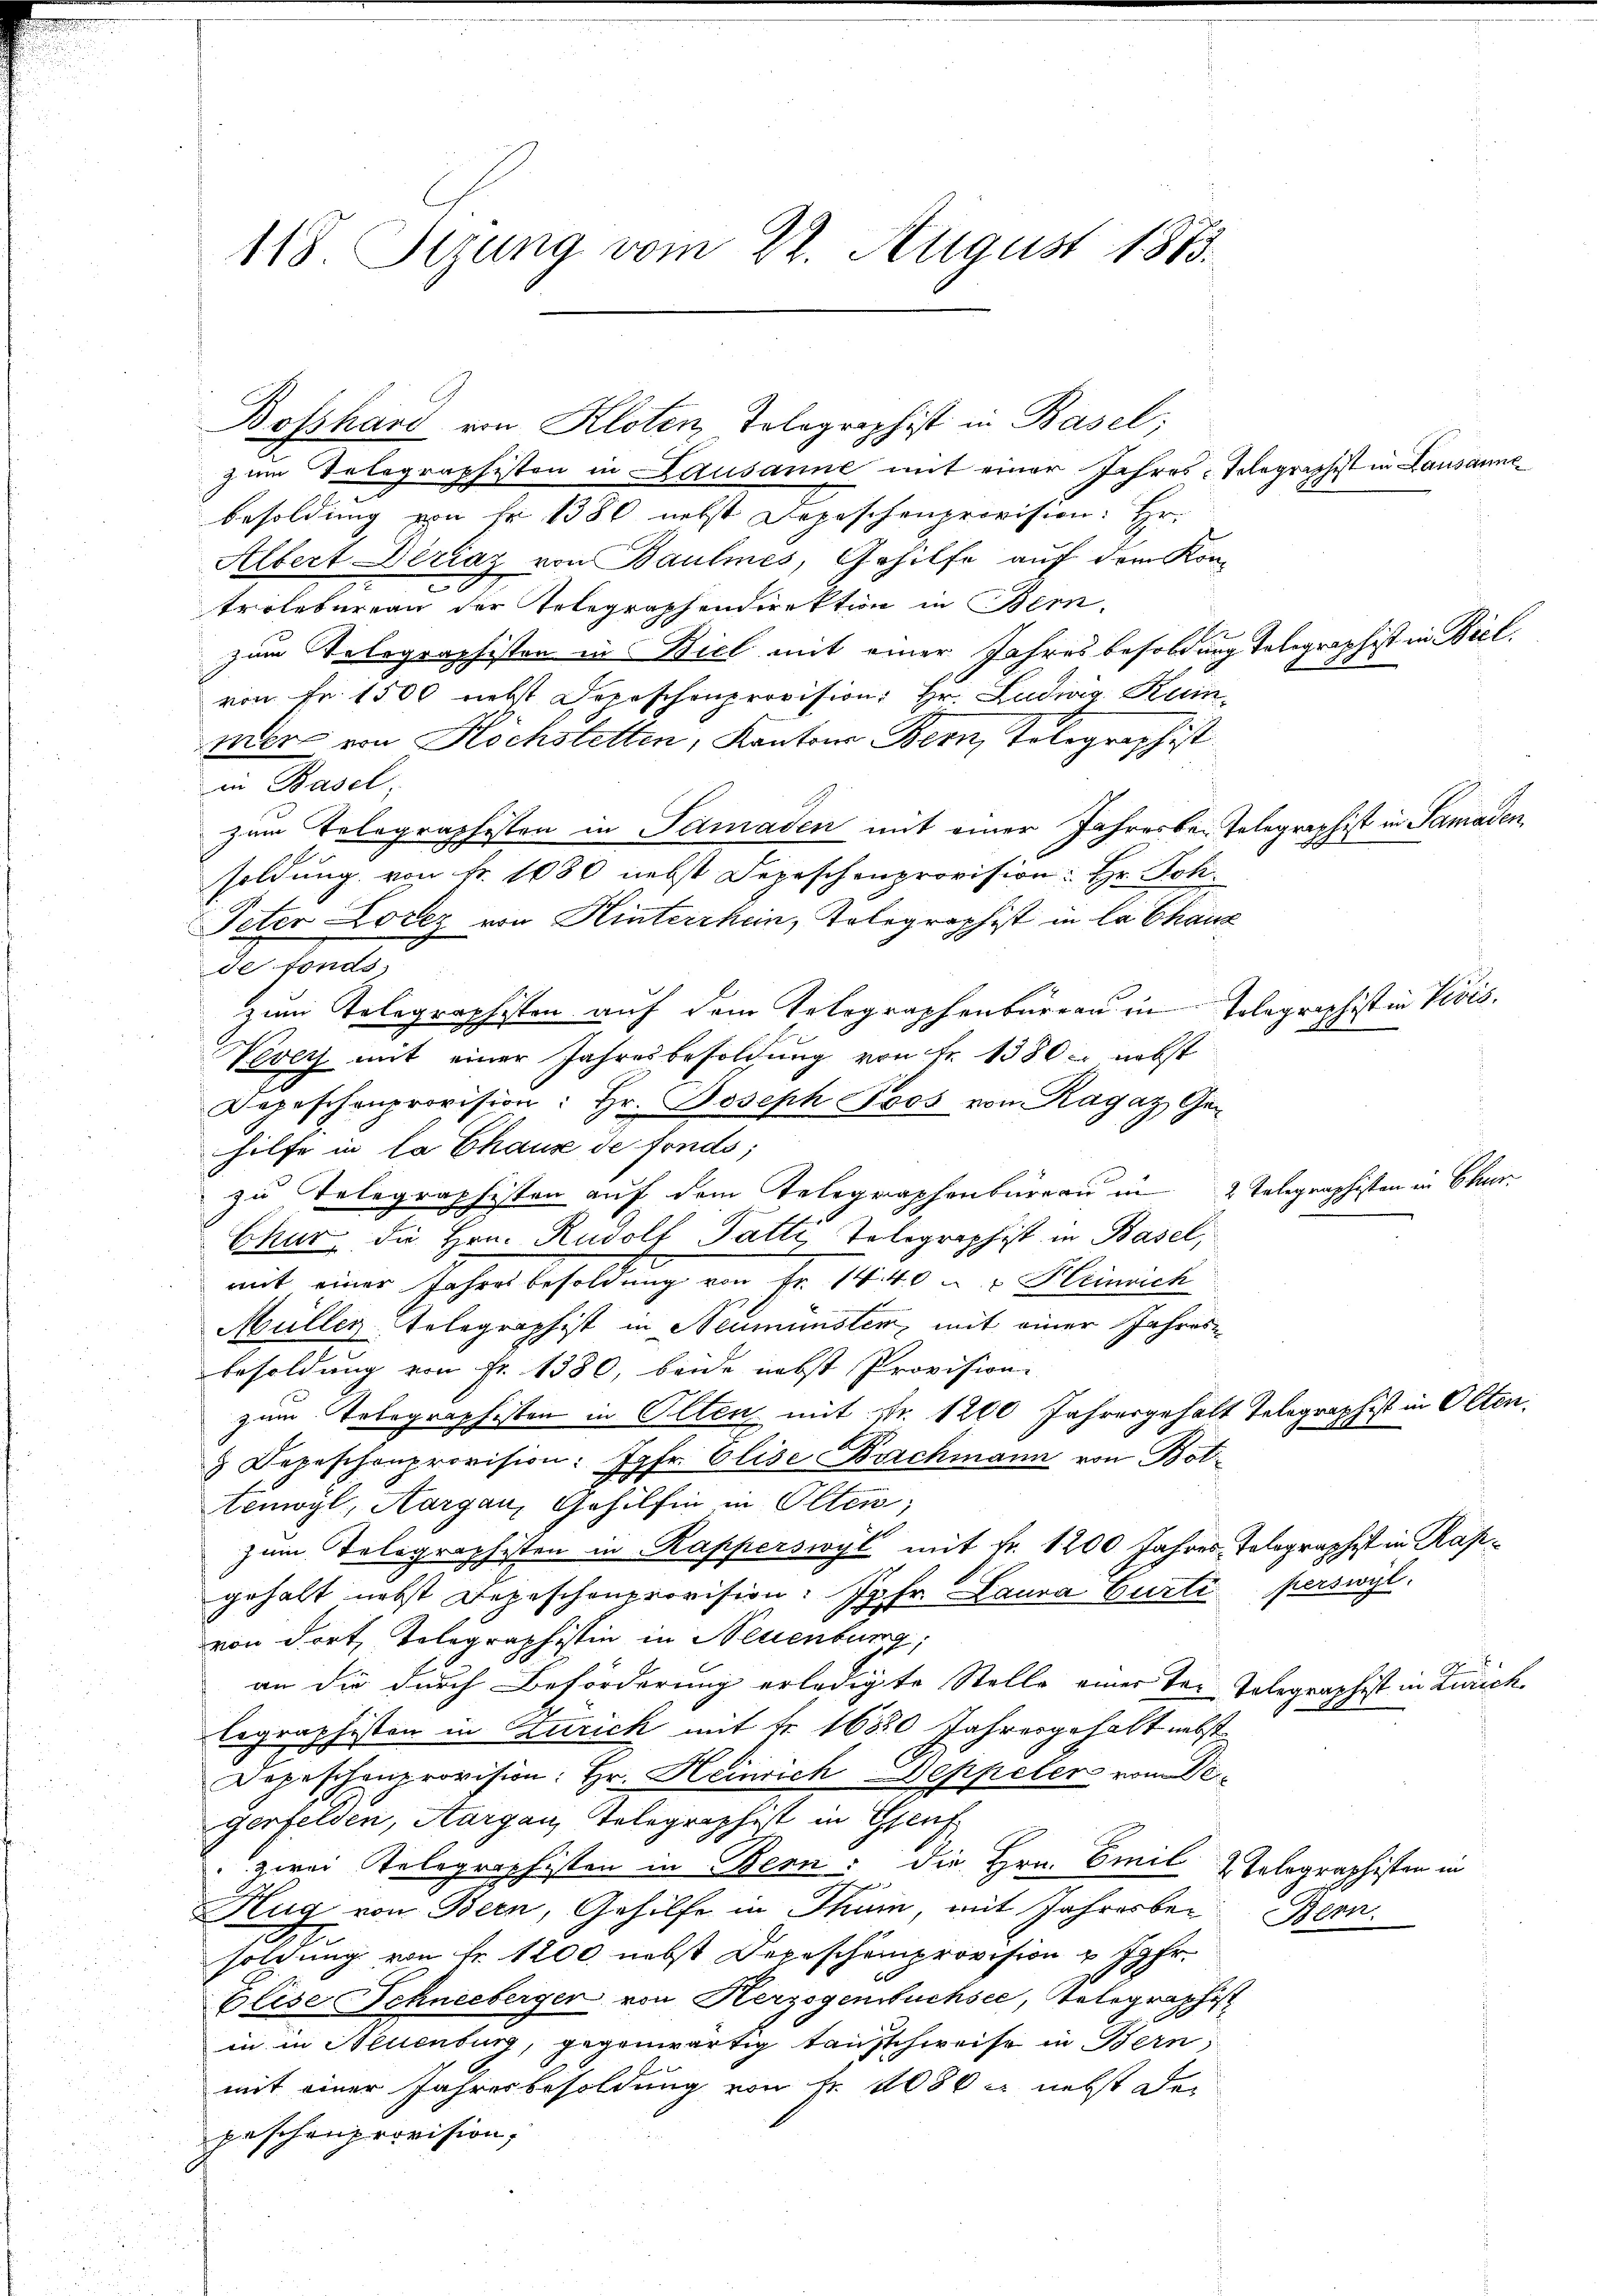
118. Segung vom 22. August 1883.

zum Telegraphiston in Lausanne mit einer Jahres-Telegraphist in Lausan
besoldung von Fr. 1380 nebst Depeschenprovision: Hr.
Albert Diriaz von Baumes, Gehilfe auf dem Kon-
trolbureau der Telegraphendirektion in Bern,
zum Telegraphisten in Biel mit einer Jahres besoldung telegraphist in Biel.
von Fr. 1500 nebst Depeschenprovision: Hr. Ludwig Ruin
mer von Höchstetten, Kantons Bern, Telegraphist.
in Basel,
zum Telegraphisten in Samaden mit einer Jahresber Telegraphist in Samaden
soldung von Fr. 1080 nebst Depeschenprovision: Hr. Joh.
Peter Lorez von Hinterrhein, Telegraphist in la Chanz
de fonds.
zum Telegraphisten auf dem Telegraphenbureau in Telegraphisten Vevis
Vevey mit einer Jahresbesoldung von Fr. 1380 - nebst
Depeschenprovision: Hr. Joseph Soos von Ragaz Gehilfe in la Chaus de fonds;
zu Telegraphisten auf dem Telegraphenbüreau in 2 Telegraphisten in Char¬
Chur, die Hrn. Rudolf Fatti, Telegraphist in Basel,
mit einer Jahres besoldung von Fr. 111 40 u. v. Kleinrich
Müller Telegraphist in Neumünster, mit einer Jahresbesoldung von Fr. 1380, beide nebst Provision
zum Telegraphisten in Olten mit Nr. 1200 Jahresgehalt Telegraphist in Olten.
 Depeschenprovision: Jgfr. Elise Bachmann von Bottenwyl, Aargau, Gehilfen in Olten;
170
zum Telegraphisten in Kapperswyl mit Fr. 1200 Jahres Telegraphist in Kapgehalt nebst Depeschenprovision: Jgfr. Laura Curti perswyl,
von dort, Telegraphistin in Neuenburg,
an die durch Beförderung erledigte Stelle einer der Telegraphist in Zürich.
legraphisten in Zürich mit Fr. 1650 Jahresgehalt nebst
Depeschenprovision: Hr. Heinrich Deppeler von Degerfelden, Aargau, Telegraphist in Genf
zwei Telegraphisten in Bern: die Hrn. Emil & Tolographisten in
lug von Bern, Gehilfe in Thun, mit Jahresber Bern.
soldung von Fr. 1200 nebst Depescheinprovision & Jahr
Elise Schneeberger von Herzogensuchsee, Telegraphist
in in Neuenburg, gegenwärtig tausschweise in Bern,
mit einer Jahresbesoldung von Fr. 2080 x nebst der
peschenprovision,

Bosshand von Kloten, Tolographist in Basel;